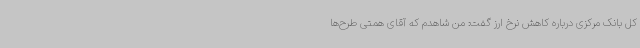
کل بانک مرکزی درباره کاهش نرخ ارز گفت: من شاهدم که آقای همتی طرح‌ها